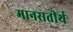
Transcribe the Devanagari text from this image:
मानसतीर्थ